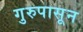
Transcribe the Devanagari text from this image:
गुरुपासून